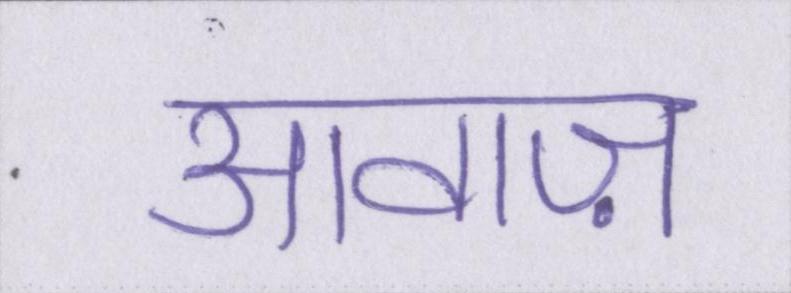
आवाज़